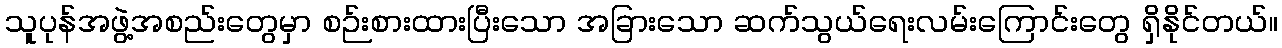
သူပုန်အဖွဲ့အစည်းတွေမှာ စဉ်းစားထားပြီးသော အခြားသော ဆက်သွယ်ရေးလမ်းကြောင်းတွေ ရှိနိုင်တယ်။